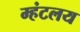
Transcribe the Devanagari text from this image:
म्हंटलय